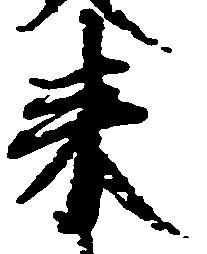
来